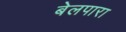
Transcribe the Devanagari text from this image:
बेलपारा